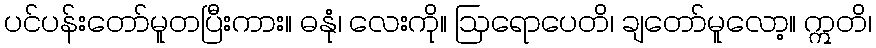
ပင်ပန်းတော်မူတပြီးကား။ ဓနုံ၊ လေးကို။ ဩရောပေတိ၊ ချတော်မူလော့။ ဣတိ၊